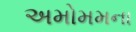
અમોમમના